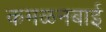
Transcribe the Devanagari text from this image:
कमळनबाई